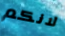
لانكم